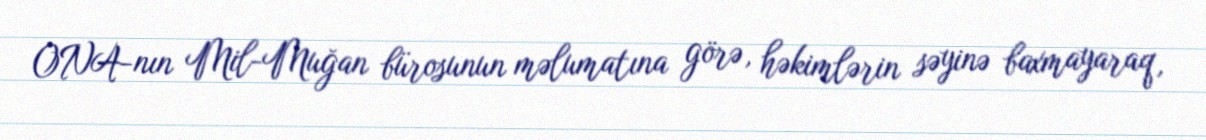
ONA-nın Mil-Muğan bürosunun məlumatına görə, həkimlərin səyinə baxmayaraq,